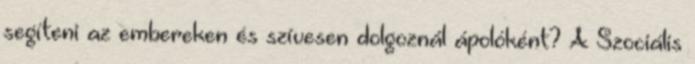
segíteni az embereken és szívesen dolgoznál ápolóként? A Szociális